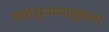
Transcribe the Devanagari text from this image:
तर्कशून्यभावुकता